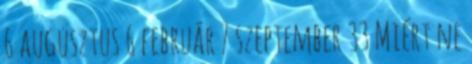
6 augusztus 6 február 7 szeptember 33 Miért ne